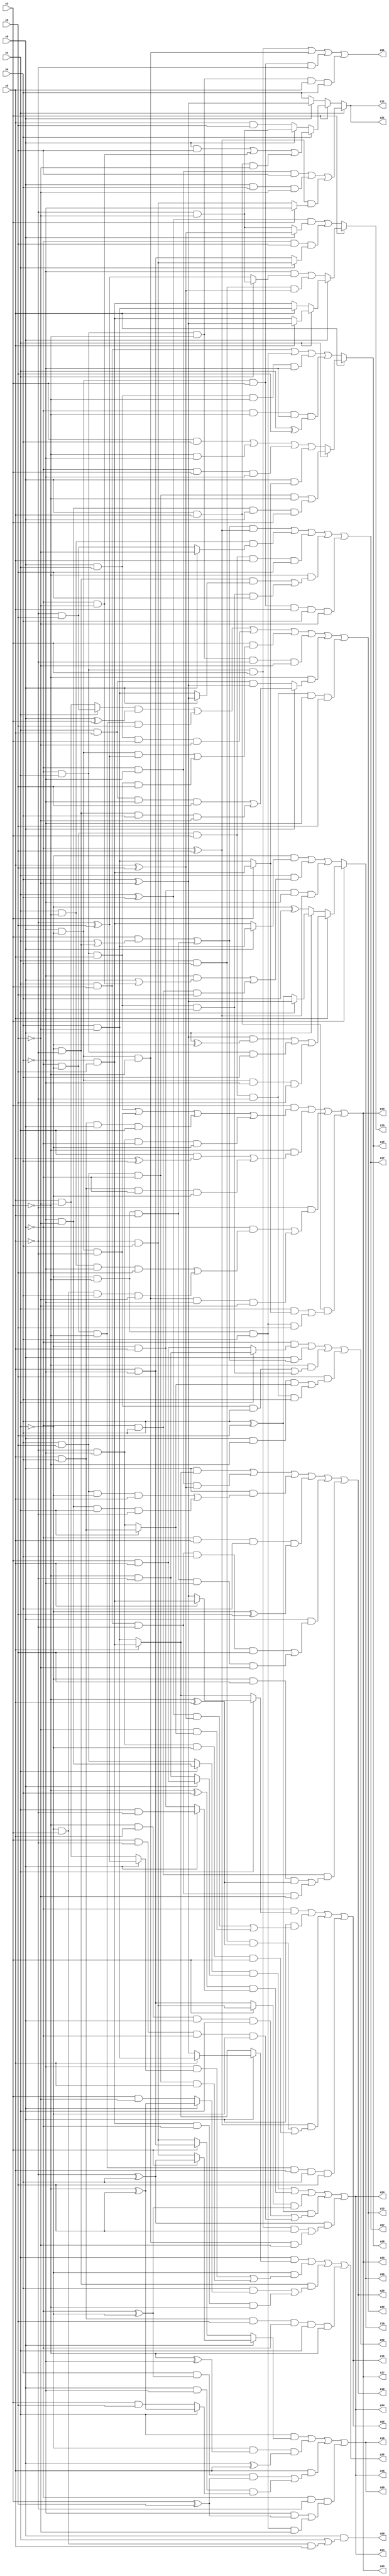
// Benchmark "q_4" written by ABC on Tue Jul 11 03:09:08 2023

module q_4 ( 
    x0, x1, x2, x3, x4, x5,
    z00, z01, z02, z03, z04, z05, z06, z07, z08, z09, z10, z11, z12, z13,
    z14, z15, z16, z17, z18, z19, z20, z21, z22, z23, z24, z25, z26, z27,
    z28  );
  input  x0, x1, x2, x3, x4, x5;
  output z00, z01, z02, z03, z04, z05, z06, z07, z08, z09, z10, z11, z12, z13,
    z14, z15, z16, z17, z18, z19, z20, z21, z22, z23, z24, z25, z26, z27,
    z28;
  assign z00 = x0 & (x1 | (~x1 & x2 & x3));
  assign z01 = (~x0 & x1 & x2) | (x0 & ~x1 & ~x2) | (x0 & ~x1 & x2 & ~x3) | (~x0 & x1 & ~x2 & x3 & x4);
  assign z02 = (~x0 & (x1 ? (~x2 & ~x3) : (x2 & x3))) | (x0 & ((x2 & (x1 | (~x1 & ~x3))) | (~x1 & ~x2 & x3))) | (~x2 & ((x0 & ~x1 & ~x3 & x4) | (~x0 & x1 & x3 & ~x4))) | (x5 & ((x0 & ~x2 & (x1 ? (x3 & x4) : (~x3 & ~x4))) | (~x0 & ~x1 & x2 & ~x3 & x4)));
  assign z03 = (x2 & ((~x0 & x1 & x3) | (x0 & ~x1 & ~x3) | (x3 & x4 & x0 & x1) | (~x3 & ~x4 & ~x0 & ~x1))) | (~x2 & ((x1 & (x3 ^ x4)) | (x3 & x4 & ~x0 & ~x1))) | (~x3 & ((~x0 & ((x1 & ~x2 & ~x4 & x5) | (~x1 & x2 & x4 & ~x5))) | (x0 & ~x1 & ~x2 & ~x4 & ~x5))) | (x0 & x3 & ((x1 & (x2 ? (~x4 & x5) : (x4 & ~x5))) | (~x1 & ~x2 & x4 & x5)));
  assign z04 = ((x1 ? (~x4 & ~x5) : (x4 & x5)) & (x0 ? (x2 & x3) : (~x2 & ~x3))) | ((~x2 ^ x4) & (x0 ? (x1 & ~x3) : (~x1 & x3))) | ((x2 ? (~x3 & x4) : (x3 & ~x4)) & (~x0 ^ ~x1)) | ((x4 ^ x5) & ((~x2 & x3 & x0 & x1) | (x2 & ~x3 & ~x0 & ~x1))) | ((~x3 ^ x4) & ((~x0 & x1 & x2 & x5) | (x0 & ~x1 & ~x2 & ~x5)));
  assign z05 = (~x0 & (x1 ? (x3 ? (~x4 & x5) : (x4 ^ ~x5)) : (x3 ? (~x4 & x5) : (x4 & ~x5)))) | (x0 & (((x1 ^ x4) & (x3 ^ x5)) | (~x5 & (x1 ? (x3 & x4) : (~x3 & ~x4))))) | ((~x0 ^ x5) & ((x1 & x4 & (~x2 ^ x3)) | (~x3 & ~x4 & ~x1 & x2))) | (~x0 & ~x1 & ~x2 & x3 & x4 & x5);
  assign z06 = x2 ? (x3 ? (((x4 ^ ~x5) & (x0 ^ ~x1)) | (~x0 & x1 & x4) | (x0 & ~x1 & ~x4 & x5)) : (x0 ? (x1 ? (x4 ^ ~x5) : (x4 ^ x5)) : (~x1 ^ x4))) : ((~x1 & (x0 ? (x4 & ~x5) : (~x4 & x5))) | (x1 & ((~x4 & (x0 | (~x0 & ~x5))) | (~x0 & x4 & x5))) | (~x1 & x3 & ~x4 & (~x0 ^ x5)));
  assign z07 = (((x2 & (x1 | (~x1 & ~x3))) | (~x1 & ~x2 & x3)) & (~x0 ^ x5)) | (x1 & ~x2 & (x0 ? ~x5 : (~x3 & x5))) | (~x0 & ~x1 & x2 & x3 & x5) | (~x2 & ((~x1 & ~x3 & (x0 ? (x4 ^ ~x5) : (x4 & ~x5))) | (~x0 & x1 & x3 & ~x4 & x5))) | (x0 & ~x1 & x2 & x3 & x4 & ~x5);
  assign z08 = x3 ? (x1 ? ((x4 & x5 & ~x0 & ~x2) | (~x4 & ~x5 & x0 & x2)) : ((x2 & x4) | (~x2 & ~x4) | (~x0 & x2 & ~x4) | (x0 & (x2 ? (~x4 & x5) : (x4 & ~x5))))) : ((x1 & x2) | (~x1 & ~x2 & x4) | (x0 & x1 & ~x2 & ~x4) | (~x0 & ~x2 & ~x4 & (x1 ^ x5)));
  assign z09 = (x1 & (x0 ? (x2 ? (~x3 ^ x4) : (~x3 & x4)) : (x2 ? (x3 & ~x4) : (~x3 & x4)))) | (~x1 & (~x2 ^ ~x4) & (x0 ^ x3)) | (x3 & ((x4 & (~x0 ^ ~x1) & (x2 ^ x5)) | (x0 & ~x4 & (x1 ? (~x2 ^ x5) : (x2 & x5))))) | (~x0 & ~x3 & ((~x4 & (x2 ^ x5)) | (~x1 & ~x2 & x4 & ~x5)));
  assign z10 = (x0 & (x3 ? (~x4 & x5) : (x4 & ~x5))) | (~x0 & ~x4 & (x3 ^ x5)) | (x0 & ((x4 & x5 & ~x1 & x3) | (~x4 & ~x5 & x1 & ~x3))) | (~x0 & x3 & x4 & (~x1 ^ x5)) | (x0 & ((x1 & x2 & ~x3 & x4 & x5) | (~x1 & ~x2 & x3 & ~x4 & ~x5))) | (~x0 & x4 & ((~x1 & x5 & (~x2 ^ x3)) | (x1 & x2 & ~x3 & ~x5)));
  assign z11 = x1 ? ((~x0 & ~x4 & x5) | (x0 & x4 & ~x5) | ((~x0 ^ x5) & (x2 ? ~x4 : (~x3 & x4)))) : (x2 ? (x4 ? ((x0 & x5) | (~x0 & ~x5) | (x0 & x3 & ~x5)) : (x0 ? (~x3 & ~x5) : (x3 & x5))) : (x0 ? (x4 ^ ~x5) : x4));
  assign z12 = ((x1 ? (~x3 & x5) : (x3 & ~x5)) & (x0 ^ x2)) | (~x0 & ~x1 & ~x2 & x5) | (x0 & x1 & x2 & ~x5) | (x2 & ((x0 & ~x1 & (~x3 ^ x5)) | (~x0 & x1 & x3 & x5))) | (~x0 & x1 & ~x2 & ~x3 & ~x5) | (~x2 & (x0 ? ((x1 & x3 & ~x4 & x5) | (~x1 & ~x3 & x4 & ~x5)) : (x1 & x3 & (x4 ^ ~x5)))) | (~x0 & ~x1 & x2 & ~x3 & ~x4 & x5);
  assign z13 = (x2 & ((~x0 & x1 & x3) | (x0 & ~x1 & ~x3) | (x3 & x4 & x0 & x1) | (~x3 & ~x4 & ~x0 & ~x1))) | (~x2 & ((x1 & (x3 ^ x4)) | (x3 & x4 & ~x0 & ~x1))) | (~x3 & ((~x0 & ((x1 & ~x2 & ~x4 & x5) | (~x1 & x2 & x4 & ~x5))) | (x0 & ~x1 & ~x2 & ~x4 & ~x5))) | (x0 & x3 & ((x1 & (x2 ? (~x4 & x5) : (x4 & ~x5))) | (~x1 & ~x2 & x4 & x5)));
  assign z14 = ((x1 ? (~x4 & ~x5) : (x4 & x5)) & (x0 ? (x2 & x3) : (~x2 & ~x3))) | ((~x2 ^ x4) & (x0 ? (x1 & ~x3) : (~x1 & x3))) | ((x2 ? (~x3 & x4) : (x3 & ~x4)) & (~x0 ^ ~x1)) | ((x4 ^ x5) & ((~x2 & x3 & x0 & x1) | (x2 & ~x3 & ~x0 & ~x1))) | ((~x3 ^ x4) & ((~x0 & x1 & x2 & x5) | (x0 & ~x1 & ~x2 & ~x5)));
  assign z15 = (~x0 & (x1 ? (x3 ? (~x4 & x5) : (x4 ^ ~x5)) : (x3 ? (~x4 & x5) : (x4 & ~x5)))) | (x0 & (((x1 ^ x4) & (x3 ^ x5)) | (~x5 & (x1 ? (x3 & x4) : (~x3 & ~x4))))) | ((~x0 ^ x5) & ((x1 & x4 & (~x2 ^ x3)) | (~x3 & ~x4 & ~x1 & x2))) | (~x0 & ~x1 & ~x2 & x3 & x4 & x5);
  assign z16 = x2 ? (x3 ? (((x4 ^ ~x5) & (x0 ^ ~x1)) | (~x0 & x1 & x4) | (x0 & ~x1 & ~x4 & x5)) : (x0 ? (x1 ? (x4 ^ ~x5) : (x4 ^ x5)) : (~x1 ^ x4))) : ((~x1 & (x0 ? (x4 & ~x5) : (~x4 & x5))) | (x1 & ((~x4 & (x0 | (~x0 & ~x5))) | (~x0 & x4 & x5))) | (~x1 & x3 & ~x4 & (~x0 ^ x5)));
  assign z17 = (((x2 & (x1 | (~x1 & ~x3))) | (~x1 & ~x2 & x3)) & (~x0 ^ x5)) | (x1 & ~x2 & (x0 ? ~x5 : (~x3 & x5))) | (~x0 & ~x1 & x2 & x3 & x5) | (~x2 & ((~x1 & ~x3 & (x0 ? (x4 ^ ~x5) : (x4 & ~x5))) | (~x0 & x1 & x3 & ~x4 & x5))) | (x0 & ~x1 & x2 & x3 & x4 & ~x5);
  assign z18 = x3 ? (x1 ? ((x4 & x5 & ~x0 & ~x2) | (~x4 & ~x5 & x0 & x2)) : ((x2 & x4) | (~x2 & ~x4) | (~x0 & x2 & ~x4) | (x0 & (x2 ? (~x4 & x5) : (x4 & ~x5))))) : ((x1 & x2) | (~x1 & ~x2 & x4) | (x0 & x1 & ~x2 & ~x4) | (~x0 & ~x2 & ~x4 & (x1 ^ x5)));
  assign z19 = (x1 & (x0 ? (x2 ? (~x3 ^ x4) : (~x3 & x4)) : (x2 ? (x3 & ~x4) : (~x3 & x4)))) | (~x1 & (~x2 ^ ~x4) & (x0 ^ x3)) | (x3 & ((x4 & (~x0 ^ ~x1) & (x2 ^ x5)) | (x0 & ~x4 & (x1 ? (~x2 ^ x5) : (x2 & x5))))) | (~x0 & ~x3 & ((~x4 & (x2 ^ x5)) | (~x1 & ~x2 & x4 & ~x5)));
  assign z20 = (x0 & (x3 ? (~x4 & x5) : (x4 & ~x5))) | (~x0 & ~x4 & (x3 ^ x5)) | (x0 & ((x4 & x5 & ~x1 & x3) | (~x4 & ~x5 & x1 & ~x3))) | (~x0 & x3 & x4 & (~x1 ^ x5)) | (x0 & ((x1 & x2 & ~x3 & x4 & x5) | (~x1 & ~x2 & x3 & ~x4 & ~x5))) | (~x0 & x4 & ((~x1 & x5 & (~x2 ^ x3)) | (x1 & x2 & ~x3 & ~x5)));
  assign z21 = x1 ? ((~x0 & ~x4 & x5) | (x0 & x4 & ~x5) | ((~x0 ^ x5) & (x2 ? ~x4 : (~x3 & x4)))) : (x2 ? (x4 ? ((x0 & x5) | (~x0 & ~x5) | (x0 & x3 & ~x5)) : (x0 ? (~x3 & ~x5) : (x3 & x5))) : (x0 ? (x4 ^ ~x5) : x4));
  assign z22 = ((x1 ? (~x3 & x5) : (x3 & ~x5)) & (x0 ^ x2)) | (~x0 & ~x1 & ~x2 & x5) | (x0 & x1 & x2 & ~x5) | (x2 & ((x0 & ~x1 & (~x3 ^ x5)) | (~x0 & x1 & x3 & x5))) | (~x0 & x1 & ~x2 & ~x3 & ~x5) | (~x2 & (x0 ? ((x1 & x3 & ~x4 & x5) | (~x1 & ~x3 & x4 & ~x5)) : (x1 & x3 & (x4 ^ ~x5)))) | (~x0 & ~x1 & x2 & ~x3 & ~x4 & x5);
  assign z23 = (x2 & ((~x0 & x1 & x3) | (x0 & ~x1 & ~x3) | (x3 & x4 & x0 & x1) | (~x3 & ~x4 & ~x0 & ~x1))) | (~x2 & ((x1 & (x3 ^ x4)) | (x3 & x4 & ~x0 & ~x1))) | (~x3 & ((~x0 & ((x1 & ~x2 & ~x4 & x5) | (~x1 & x2 & x4 & ~x5))) | (x0 & ~x1 & ~x2 & ~x4 & ~x5))) | (x0 & x3 & ((x1 & (x2 ? (~x4 & x5) : (x4 & ~x5))) | (~x1 & ~x2 & x4 & x5)));
  assign z24 = ((x1 ? (~x4 & ~x5) : (x4 & x5)) & (x0 ? (x2 & x3) : (~x2 & ~x3))) | ((~x2 ^ x4) & (x0 ? (x1 & ~x3) : (~x1 & x3))) | ((x2 ? (~x3 & x4) : (x3 & ~x4)) & (~x0 ^ ~x1)) | ((x4 ^ x5) & ((~x2 & x3 & x0 & x1) | (x2 & ~x3 & ~x0 & ~x1))) | ((~x3 ^ x4) & ((~x0 & x1 & x2 & x5) | (x0 & ~x1 & ~x2 & ~x5)));
  assign z25 = x2 ? (x0 ? (x1 ? (x3 ? (x4 ^ ~x5) : (~x4 & x5)) : (x3 ? (x4 & ~x5) : (~x4 & x5))) : ((~x4 & (x1 ? (~x3 & ~x5) : (~x3 ^ x5))) | (x1 & x4 & (x3 ^ x5)))) : (((x1 ^ x4) & (x0 ? (x3 ^ x5) : (~x3 & ~x5))) | (~x0 & x5 & (x1 ? (~x3 & x4) : (x3 & ~x4))));
  assign z26 = (x1 & (x0 ? (x3 ? (x4 & ~x5) : (x4 ^ ~x5)) : (x3 ? (~x4 & x5) : (x4 & ~x5)))) | (~x1 & ((~x4 & (x0 ? (~x3 ^ x5) : (x3 & ~x5))) | (x4 & x5 & ~x0 & x3))) | (~x1 & ~x3 & ((x4 & (x0 ? (~x2 ^ x5) : (x2 & ~x5))) | (~x4 & x5 & ~x0 & ~x2))) | (x3 & x4 & x5 & ~x0 & x1 & ~x2);
  assign z27 = (x2 & ((~x0 & x1 & x3) | (x0 & ~x1 & ~x3) | (x3 & x4 & x0 & x1) | (~x3 & ~x4 & ~x0 & ~x1))) | (~x2 & ((x1 & (x3 ^ x4)) | (x3 & x4 & ~x0 & ~x1))) | (~x3 & ((~x0 & ((x1 & ~x2 & ~x4 & x5) | (~x1 & x2 & x4 & ~x5))) | (x0 & ~x1 & ~x2 & ~x4 & ~x5))) | (x0 & x3 & ((x1 & (x2 ? (~x4 & x5) : (x4 & ~x5))) | (~x1 & ~x2 & x4 & x5)));
  assign z28 = ((x1 ? (~x4 & ~x5) : (x4 & x5)) & (x0 ? (x2 & x3) : (~x2 & ~x3))) | ((~x2 ^ x4) & (x0 ? (x1 & ~x3) : (~x1 & x3))) | ((x2 ? (~x3 & x4) : (x3 & ~x4)) & (~x0 ^ ~x1)) | ((x4 ^ x5) & ((~x2 & x3 & x0 & x1) | (x2 & ~x3 & ~x0 & ~x1))) | ((~x3 ^ x4) & ((~x0 & x1 & x2 & x5) | (x0 & ~x1 & ~x2 & ~x5)));
endmodule